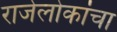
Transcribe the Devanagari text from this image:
राजेलोकांचा